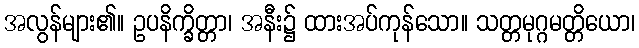
အလွန်များ၏။ ဥပနိက္ခိတ္တာ၊ အနီး၌ ထားအပ်ကုန်သော။ သတ္တမုဂ္ဂမတ္တိယော၊